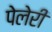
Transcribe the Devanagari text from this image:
पेलेरी